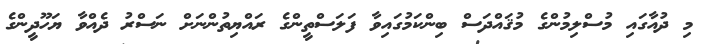
މި ދުއާގައި މުސްލިމުންގެ މުޤައްދަސް ބިންކަމުގައިވާ ފަލަސްތީންގެ ރައްޔިތުންނަށް ނަސްރު ދެއްވާ ޔަހޫދީންގެ